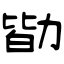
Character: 勓